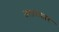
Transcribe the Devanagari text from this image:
उत्‍तरोत्‍तर